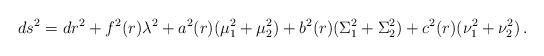
LaTeX: \begin{align*}ds^2=dr^2+f^2(r)\lambda^2+a^2(r)(\mu_1^2+\mu_2^2)+b^2(r)(\Sigma_1^2+\Sigma_2^2)+c^2(r)(\nu_1^2+\nu_2^2)\, .\end{align*}